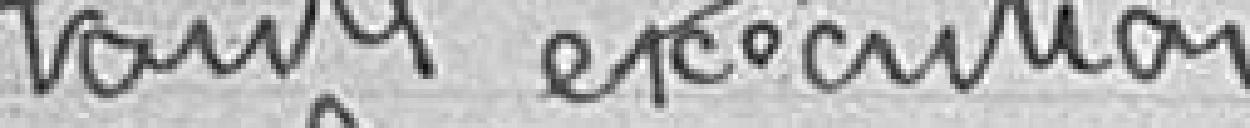
toute exécution